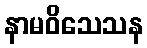
နာမဝိသေသန